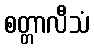
စတ္တာလီသံ